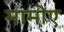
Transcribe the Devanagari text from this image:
मामोए